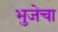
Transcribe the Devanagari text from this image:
भुजेचा